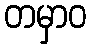
တမှာဝ